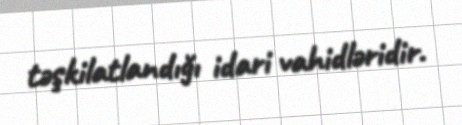
təşkilatlandığı idari vahidləridir.